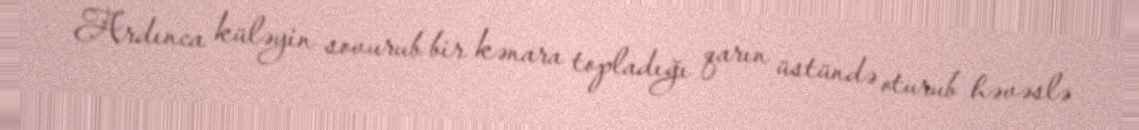
Ardınca küləyin sovurub bir kənara topladığı qarın üstündə oturub həvəslə